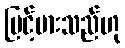
မြင့်မားသည်ဟု